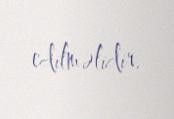
edilməlidir.